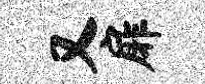
又扉